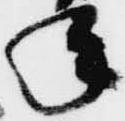
年